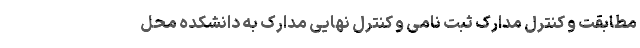
مطابقت و کنترل مدارک ثبت­ نامی و کنترل نهایی مدارک به دانشکده محل